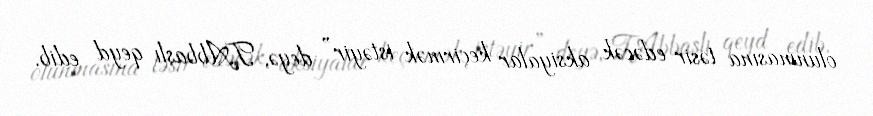
olunmasına təsir edəcək aksiyalar keçirmək istəyir” deyə, T.Abbaslı qeyd edib.